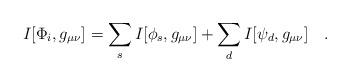
LaTeX: \begin{align*}I[\Phi_i,g_{\mu\nu}]=\sum_s I[\phi_s,g_{\mu\nu}]+\sum_d I[\psi_d,g_{\mu\nu}]~~~.\end{align*}